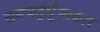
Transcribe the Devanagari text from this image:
समचतुर्भुजाकार